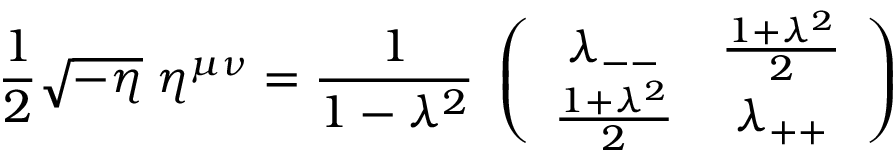
{ \frac { 1 } { 2 } } \sqrt { - \eta } \; \eta ^ { \mu \nu } = { \frac { 1 } { 1 - \lambda ^ { 2 } } } \; \left( \begin{array} { c c } { { { \lambda _ { -- } } } } & { { { { \frac { 1 + \lambda ^ { 2 } } { 2 } } } } } \\ { { { { \frac { 1 + \lambda ^ { 2 } } { 2 } } } } } & { { { \lambda _ { + + } } } } \end{array} \right)